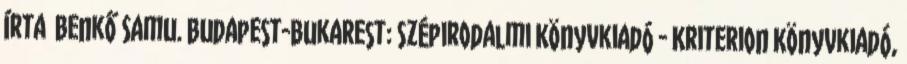
írta Benkő Samu. Budapest-Bukarest: Szépirodalmi Könyvkiadó - Kriterion Könyvkiadó,